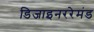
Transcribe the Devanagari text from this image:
डिजाइनररेमंड